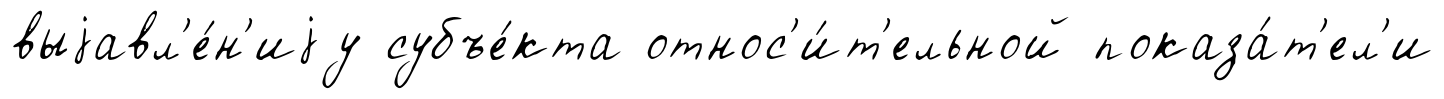
выjавл'е́н'иjу субъе́кта относ'и́т'ельной показа́т'ел'и